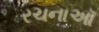
રચનાઑ